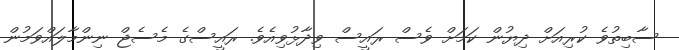
ސާބިތުވެ ކުރިއަށް ދިޔުން ކަމަށް ވެސް ރައީސް ވިދާޅުވިއެވެ. ރައީސްގެ މެސެޖް ނިންމާލައްވަމުން